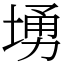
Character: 𱗚